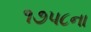
૧૭૫૮ના